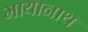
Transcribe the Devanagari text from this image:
मायानाथ